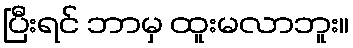
ပြီးရင် ဘာမှ ထူးမလာဘူး။